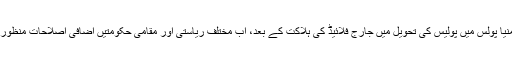
25 مئی کو منیا پولس میں پولیس کی تحویل میں جارج فلائیڈ کی ہلاکت کے بعد، اب مختلف ریاستی اور مقامی حکومتیں اضافی اصلاحات منظور کر رہی ہیں۔